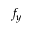
f _ { y }